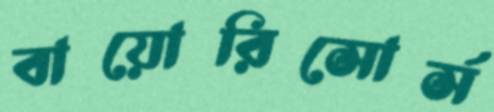
বায়োরিসোর্স